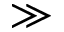
\gg